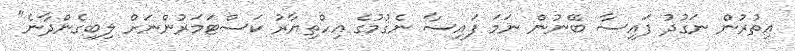
އިތުރުން ނަގުދު ފައިސާ ބޭނުން ނަމަ ފައިސާ ނެގުމުގެ އިހްތިޔާރު ކަސްޓަމަރުންނަށް ލިބިގެންދާނެ"